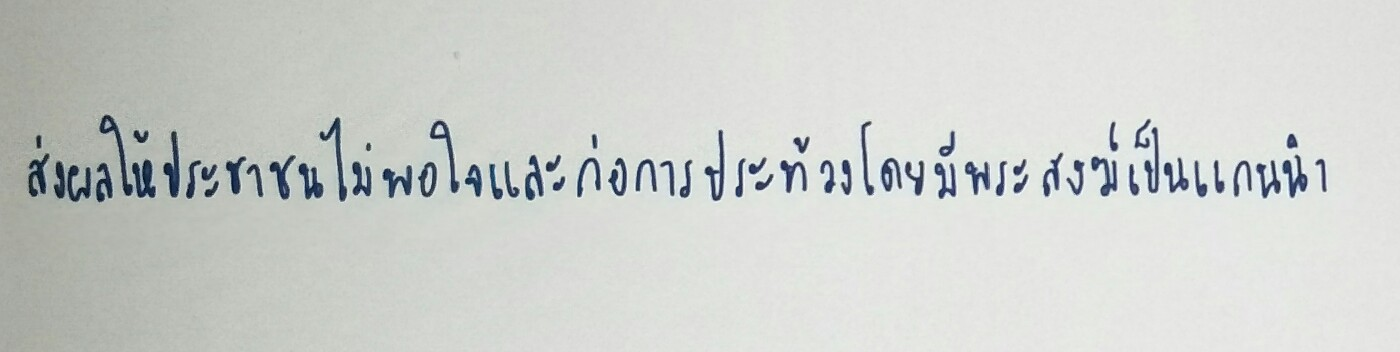
ส่งผลให้ประชาชนไม่พอใจและก่อการประท้วงโดยมีพระสงฆ์เป็นแกนนำ